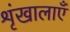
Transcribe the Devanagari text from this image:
शृंखालाएँ